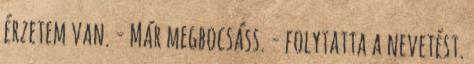
érzetem van. - Már megbocsáss. - folytatta a nevetést.